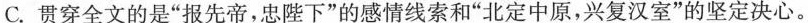
C、贯穿全文的是”报先帝，忠陛下”的感情线索和”北定中原，兴复汉室”的坚定决心。